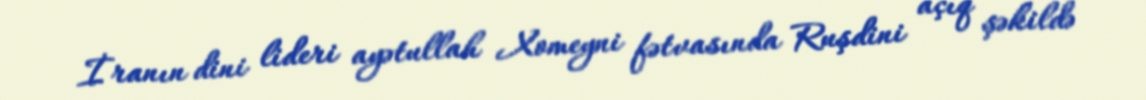
İranın dini lideri ayətullah Xomeyni fətvasında Ruşdini açıq şəkildə